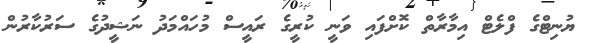
ޔުނިޓްގެ ފްލެޓް އިމާރާތް ކޮށްފައި ވަނީ ކުރީގެ ރައީސް މުހައްމަދު ނަޝީދުގެ ސަރުކާރުން